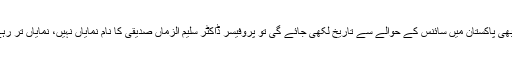
جب بھی پاکستان میں سائنس کے حوالے سے تاریخ لکھی جائے گی تو پروفیسر ڈاکٹر سلیم الزماں صدیقی کا نام نمایاں نہیں، نمایاں تر رہے گا۔